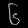
Digit: ၆